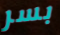
بسر